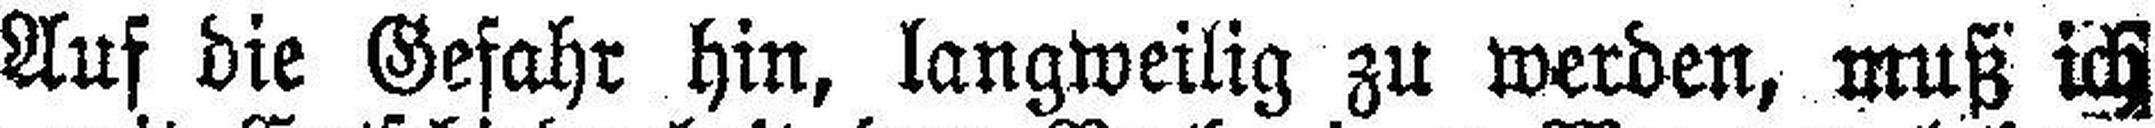
Auf die Gefahr hin, langweilig zu werden, muß ich